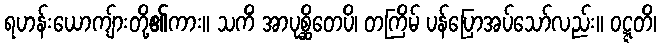
ရဟန်းယောကျ်ားတို့၏ကား။ သကိံ အာပုစ္ဆိတေပိ၊ တကြိမ် ပန်ပြောအပ်သော်လည်း။ ဝဋ္ဋတိ၊